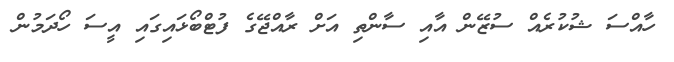
ހާއްސަ ޝުކުރެއް ސުޒޭން އާއި ސާންތި އަށް ރާއްޖޭގެ ފުޓްބޯޅައިގައި އީސަ ހޯދަމުން